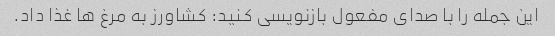
این جمله را با صدای مفعول بازنویسی کنید: کشاورز به مرغ ها غذا داد.